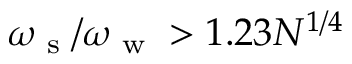
\omega _ { \textrm { s } } / \omega _ { \textrm { w } } > 1 . 2 3 N ^ { 1 / 4 }